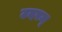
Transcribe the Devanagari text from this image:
उदरम्‌